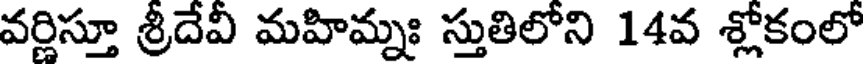
వర్ణిస్తూ శ్రీదేవీ మహిమ్నః స్తుతిలోని 14వ శ్లోకంలో